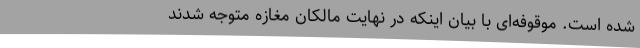
شده است. موقوفه‌ای با بیان اینکه در نهایت مالکان مغازه متوجه شدند